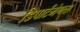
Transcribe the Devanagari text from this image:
डिपार्टमेण्त्स